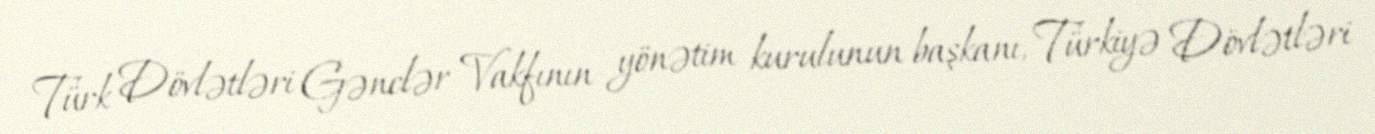
Türk Dövlətləri Gənclər Vakfının yönətim kurulunun başkanı, Türkiyə Dövlətləri